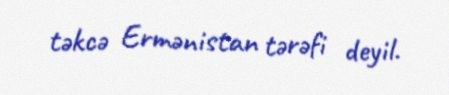
təkcə Ermənistan tərəfi deyil.